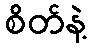
စိတ်နဲ့